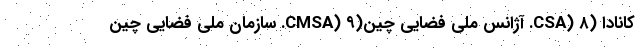
کانادا (CSA) ۸. آژانس ملی فضایی چین(CMSA) ۹. سازمان ملی فضایی چین